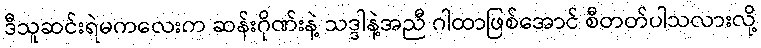
ဒီသူဆင်းရဲမကလေးက ဆန်းဂိုဏ်းနဲ့ သဒ္ဒါနဲ့အညီ ဂါထာဖြစ်အောင် စီတတ်ပါသလားလို့